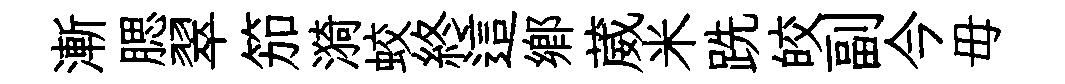
漸腮翠笳漪蛟終這鄕葳米跣皎副今毋